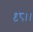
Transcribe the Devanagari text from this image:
९८।।